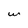
Character: W